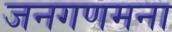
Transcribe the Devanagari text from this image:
जनगणमना